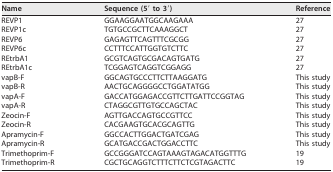
<table><thead><tr><td><b>Name</b></td><td><b>Sequence (5′ to 3′)</b></td><td><b>Reference</b></td></tr></thead><tbody><tr><td>REVP1</td><td>GGAAGGAATGGCAAGAAA</td><td>27</td></tr><tr><td>REVP1c</td><td>TGTGCCGCTTCAAAGGCT</td><td>27</td></tr><tr><td>REVP6</td><td>GAGAGTTCAGTTTCGCGG</td><td>27</td></tr><tr><td>REVP6c</td><td>CCTTTCCATTGGTGTCTTC</td><td>27</td></tr><tr><td>REtrbA1</td><td>GCGTCAGTGCGACAGTGATG</td><td>27</td></tr><tr><td>REtrbA1c</td><td>TCGGAGTCAGGTCGGAGG</td><td>27</td></tr><tr><td>vapB-F</td><td>GGCAGTGCCCTTCTTAAGGATG</td><td>This study</td></tr><tr><td>vapB-R</td><td>AACTGCAGGGGCCTGGATATGG</td><td>This study</td></tr><tr><td>vapA-F</td><td>GACCATGGAGACCGTTCTTGATTCCGGTAG</td><td>This study</td></tr><tr><td>vapA-R</td><td>CTAGGCGTTGTGCCAGCTAC</td><td>This study</td></tr><tr><td>Zeocin-F</td><td>AGTTGACCAGTGCCGTTCC</td><td>This study</td></tr><tr><td>Zeocin-R</td><td>CACGAAGTGCACGCAGTTG</td><td>This study</td></tr><tr><td>Apramycin-F</td><td>GGCCACTTGGACTGATCGAG</td><td>This study</td></tr><tr><td>Apramycin-R</td><td>GCATGACCGACTGGACCTTC</td><td>This study</td></tr><tr><td>Trimethoprim-F</td><td>GCCGGGATCCAGTAAAGTAGACATGGTTTG</td><td>19</td></tr><tr><td>Trimethoprim-R</td><td>CGCTGCAGGTCTTTCTTCTCGTAGACTTC</td><td>19</td></tr></tbody></table>